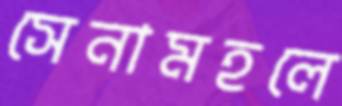
সেনামহলে